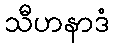
သီဟနာဒံ